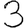
Digit: 3